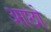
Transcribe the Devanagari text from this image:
आछो